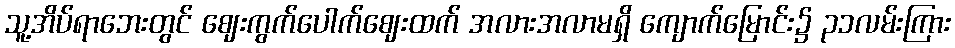
သူ့အိပ်ရာဘေးတွင် ဈေးကွက်ပေါက်ဈေးထက် အလားအလာမရှိ ကျောက်မြောင်း၌ ၃၁လမ်းကြား